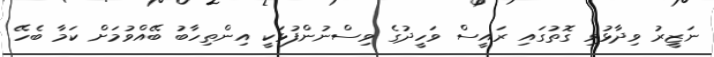
ނަޒީރު ވިދާޅުވި ގޮތުގައި ރައީސް ވަހީދުގެ ވިސްނުންފުޅަކީ އިންތިހާބު ބޭއްވުމަށް ކަމާ ބެހޭ